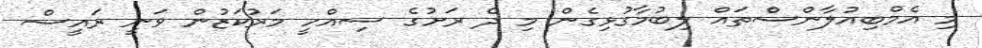
މި އެމްބިއުލާންސްތައް ލިބުމާގުޅިގެން މި ދެ ރަށުގެ ސިއްހީ މަރުކަޒުން ވަނީ ރައީސް